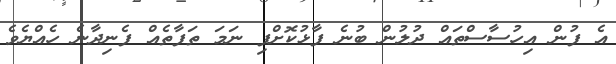
އެ ފުން އިހުސާސްތައް ދުލުން ބުނެ ފާޅުކޮށްފި ނަމަ ތަފާތެއް ފެނިދާނެ ހެއްޔެވެ